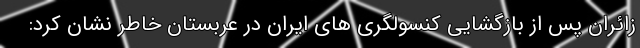
زائران پس از بازگشایی کنسولگری های ایران در عربستان خاطر نشان کرد: